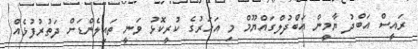
ރައީސް އަބްދު ޔާމީން އަބްދުލްގައްޔޫމް މި އަހަރުގެ ކުރީކޮޅު ވަނީ ތައިލެންޑަށް ދަތުރުފުޅެއް